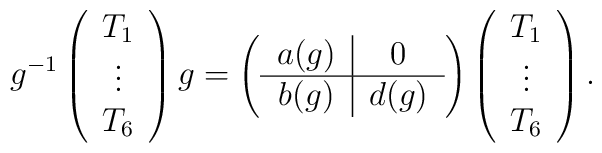
g^{-1} \left( \begin{array}{c}               T_1 \\ \vdots \\T_6               \end{array} \right) g = \left( \begin{tabular}{c|c}                                               $a(g)$ & $0$   \\ \hline                                               $b(g)$ & $d(g)$ \\                                               \end{tabular} \right) \left( \begin{array}{c}                                                                          T_1 \\ \vdots \\T_6                                                                          \end{array} \right).